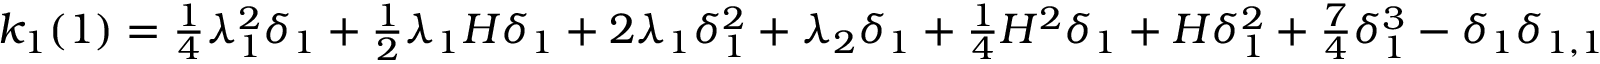
\begin{array} { r } { k _ { 1 } ( 1 ) = \frac { 1 } { 4 } \lambda _ { 1 } ^ { 2 } \delta _ { 1 } + \frac { 1 } { 2 } \lambda _ { 1 } H \delta _ { 1 } + 2 \lambda _ { 1 } \delta _ { 1 } ^ { 2 } + \lambda _ { 2 } \delta _ { 1 } + \frac { 1 } { 4 } H ^ { 2 } \delta _ { 1 } + H \delta _ { 1 } ^ { 2 } + \frac { 7 } { 4 } \delta _ { 1 } ^ { 3 } - \delta _ { 1 } \delta _ { 1 , 1 } } \end{array}